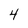
Character: 4